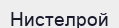
Нистелрой